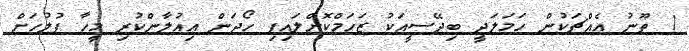
1 ތޫނު އެއްޗަކުން ހަމަލަދީ ބިދޭސީއަކު ޒަހަމްކޮށްލައިފި ހޯދަން އިއުލާންކުރި މީހާ ފުލުހަށް